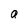
Character: N